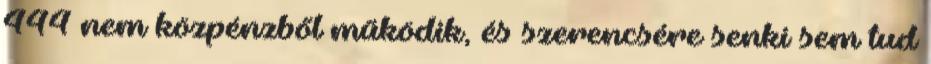
444 nem közpénzből működik, és szerencsére senki sem tud